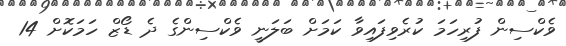
ވެކްސިން ފުރިހަމަ ކުރެވިފައިވާ ކަމަށް ބަލަނީ ވެކްސިންގެ ދެ ޑޯޒް ހަމަކޮށް 14